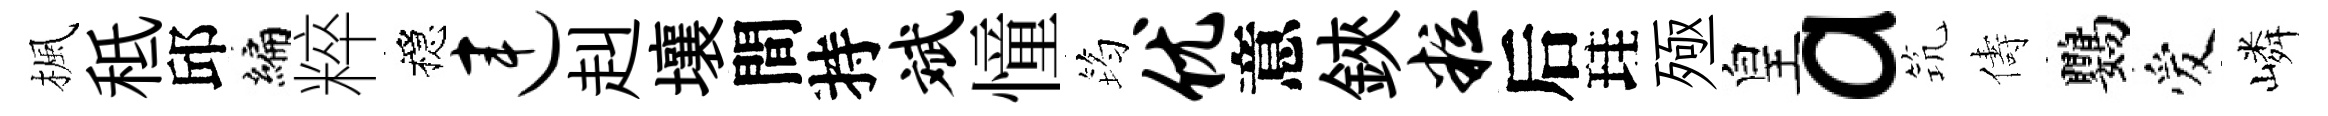
楓秪邱编粹穩连赳壤間持斌憧筠优意鋏粒后珪殛皇a𥬑儔鸚爱嶙